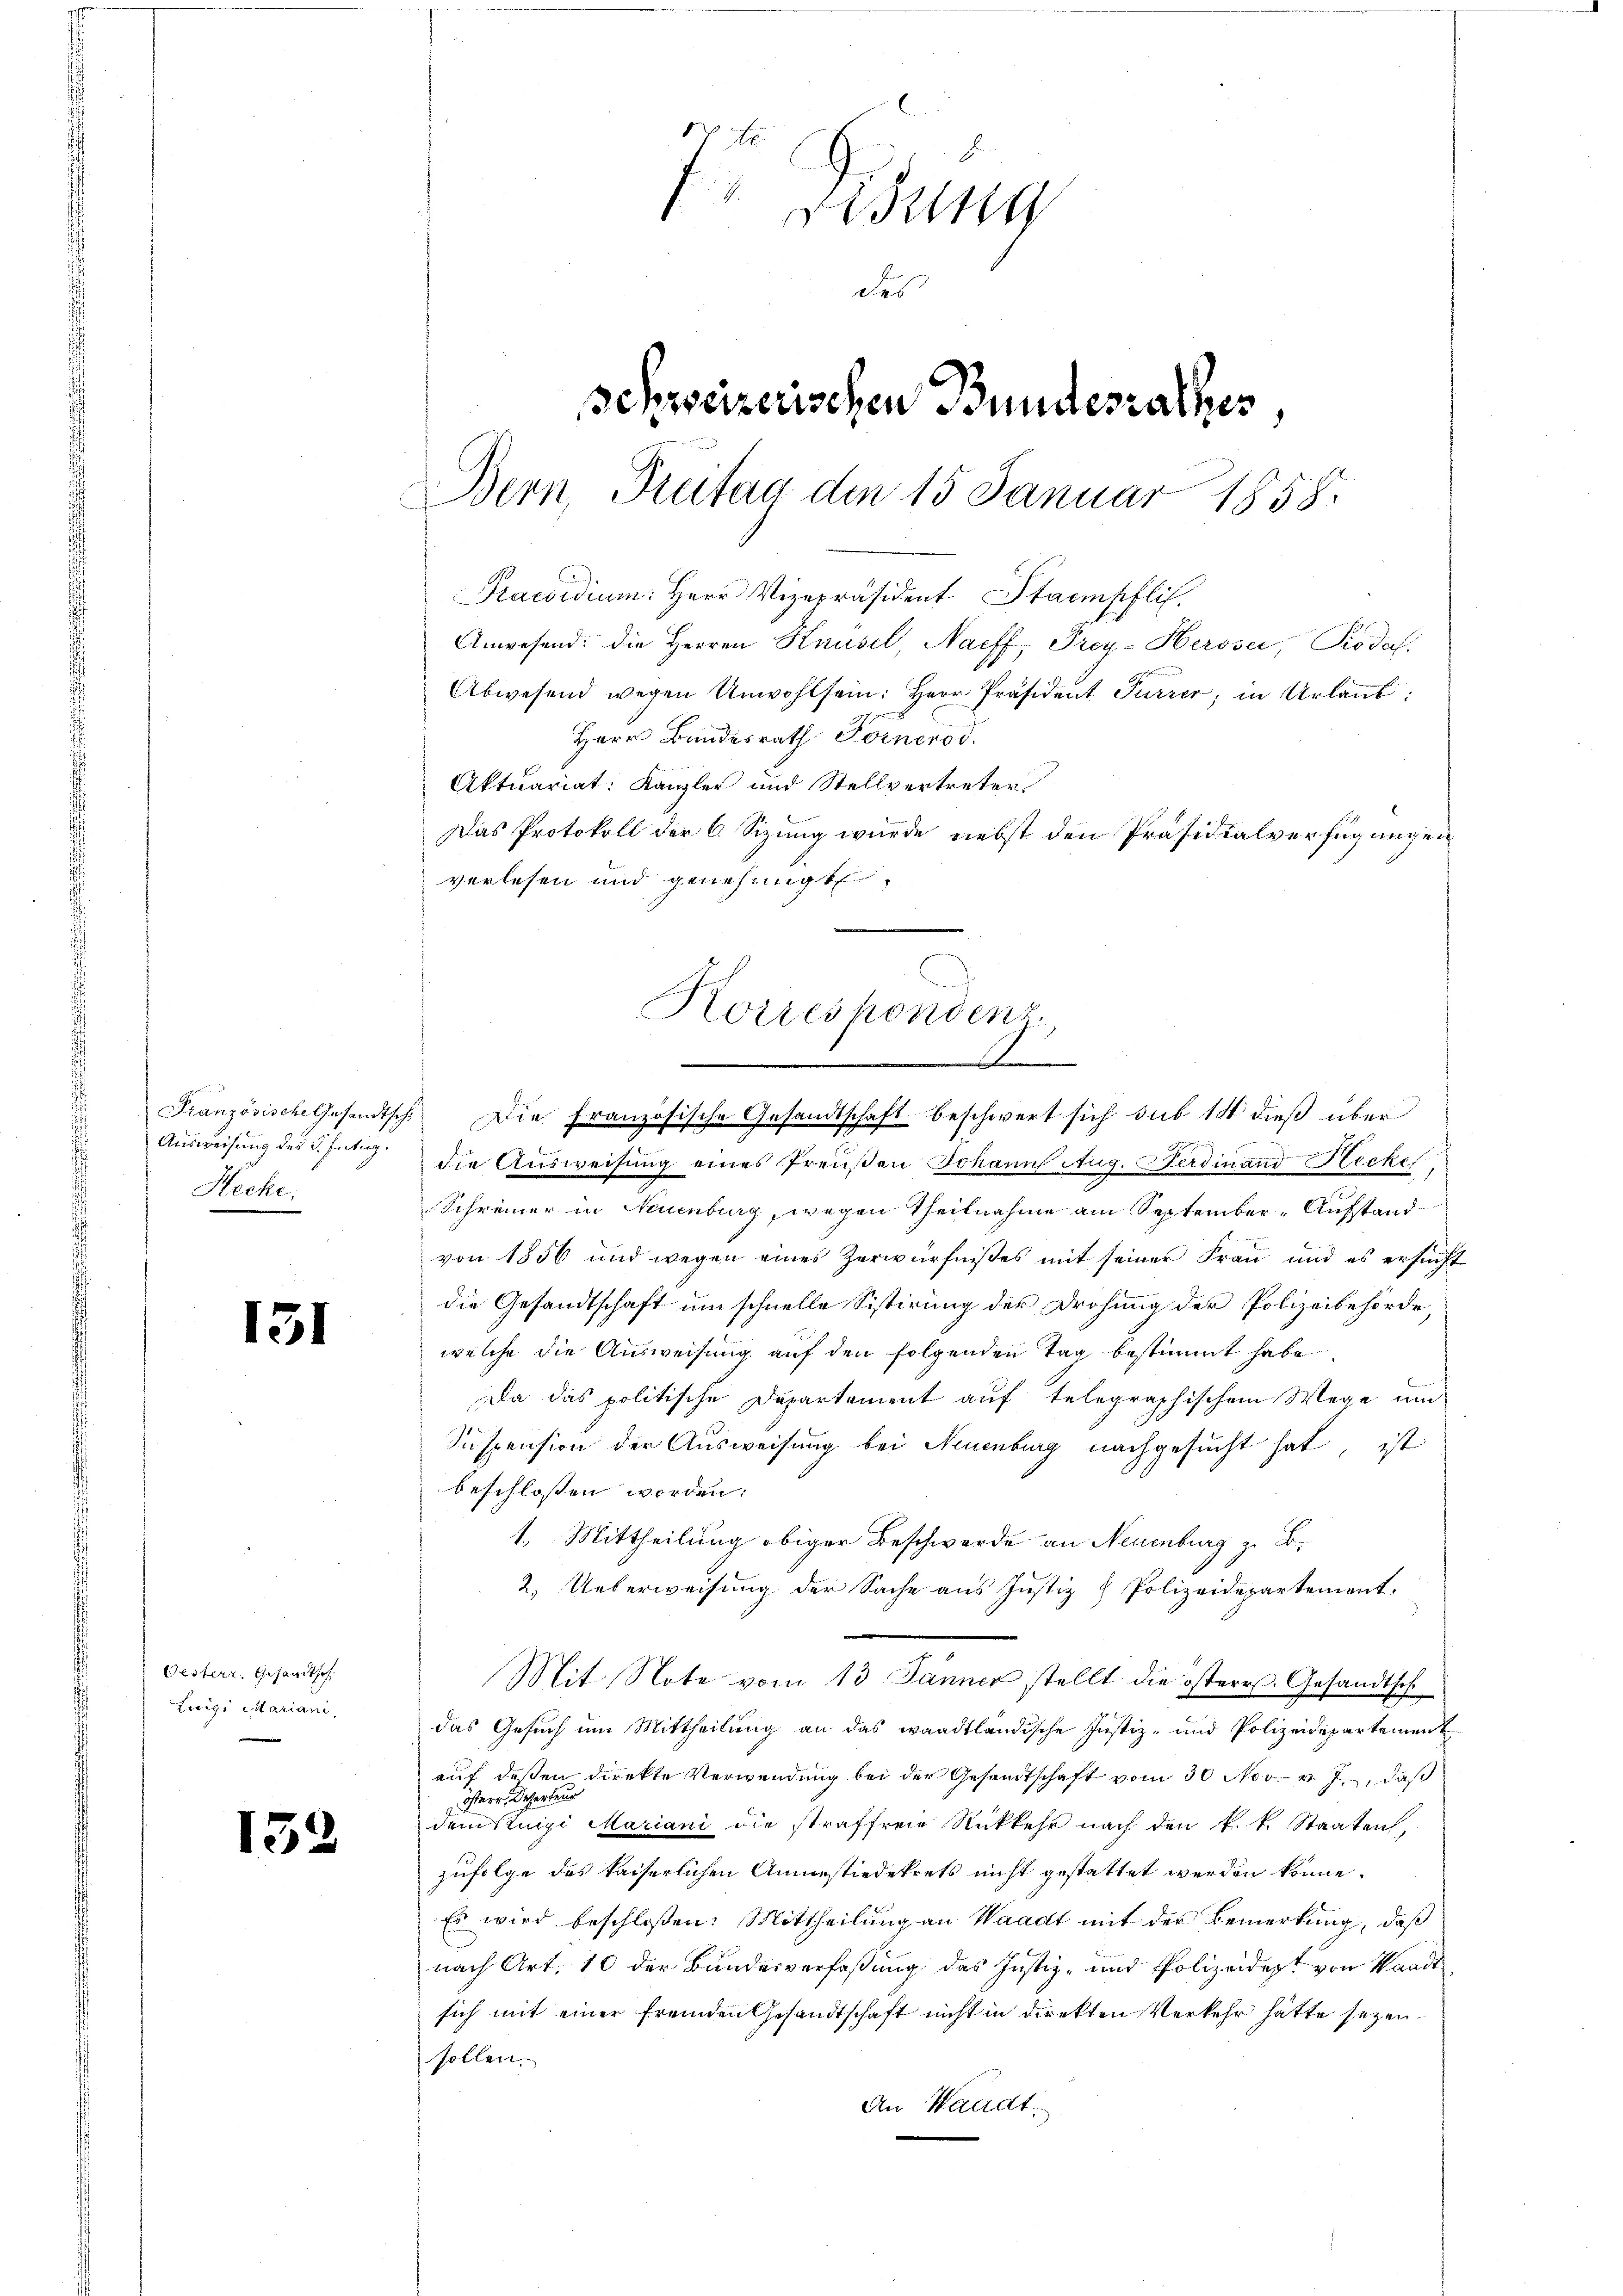
Hecke.

131

Oesterr. Gesandtsch.
Luigi Mariani,

132

7
g
des
schweizerischen Bundesrathes
Bern, Freitag dem 15. Januar 1858.

Praesidium. Herr Vizepräsident Stampfli
Anwesend: die Herren Knüsel, Naiff, Prey- Herosei, Piodal

Abwesend wegen Unwohl sein: Herr Präsident Furrer, in Urlaub
Herr Bundesrath Fornerod.
Aktuariat: Kanzler und Stellvertreter
Das Protokoll der 6. Sizung wurde nebst den Präsidialverfügungen
verlesen und genehmigt.

Korrespondenz,
A

Französische lesentsch. Die französische Gesandtschaft beschwert sich sub 14 dieß über

Ausweisung des d. Jung die Ausweisung eines Preußen Johann Aug. erdinand Hecke
Schreiner in Neuenburg, wegen Theilnahme am September-Aufstand
von 1856 und wegen eines Zerwürfnißes mit seiner Fraŭ und es ersŭcht
die Gesandtschaft um schnelle Sistirung der Drohung der Polizeibehörde,
welche die Ausweisung auf den folgenden Tag bestimmt habe.
Da das politische Departement auf telegraphischem Wege um
Suspension der Ausweisung bei Neuenburg nachgesucht hat, ist
beschlossen worden.
1. Mittheilung obiger Beschwerde an Neuenburg z. B.
2. Ueberweisung der Sache aus Justiz & Polizeidepartement.
Mit Note vom 13 Jänner stellt die östere Gesandtsch
das Gesuch um Mittheilung an das waadtländische Justiz- und Polizeidepartement
auf deßen direkte Verwendung bei der Gesandtschaft vom 30 Nov. v. J., daß
öster Deserteur
dem stupi Mariani die straffreie Rückkehr nach den k. k. Staaten,
zufolge des kaiserlichen Ansiedekrets nicht gestattet werden könne.
Es wird beschloßen: Mittheilung an Waadt mit der Bemerkung, daß
nach Art. 10 der Bundesverfaßung des Justiz- und Polizeident von Waadt
sich mit einer fremden Gesandtschaft nicht in direkten Verkehr hätte seyen.
sollen.
An Waadt